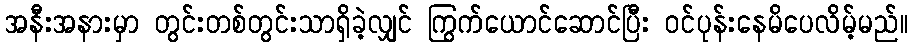
အနီးအနားမှာ တွင်းတစ်တွင်းသာရှိခဲ့လျှင် ကြွက်ယောင်ဆောင်ပြီး ဝင်ပုန်းနေမိပေလိမ့်မည်။